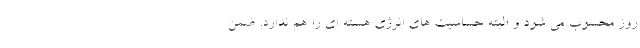
روز محسوب می شود و البته حساسیت های انرژی هسته ای را هم ندارد. ضمن